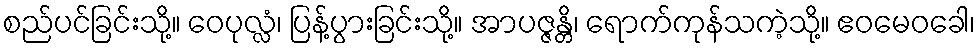
စည်ပင်ခြင်းသို့။ ဝေပုလ္လံ၊ ပြန့်ပွားခြင်းသို့။ အာပဇ္ဇန္တိ၊ ရောက်ကုန်သကဲ့သို့။ ဧဝမေဝခေါ၊